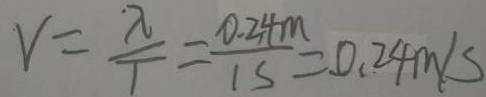
V = \frac { \lambda } { T } = \frac { 0 . 2 4 m } { 1 s } = 0 . 2 4 m / s